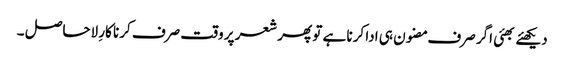
دیکھئے بھئی اگر صرف مضون ہی ادا کرنا ہے تو پھر شعر پر وقت صرف کرنا کارِ لاحاصل ۔